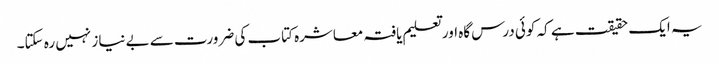
یہ ایک حقیقت ہے کہ کوئی درس گاہ اور تعلیم یافتہ معاشرہ کتاب کی ضرورت سے بے نیاز نہیں رہ سکتا۔